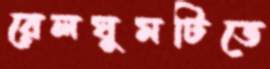
রেলঘুমটিতে